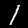
Label: 1